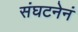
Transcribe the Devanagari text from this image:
संघटनेनं